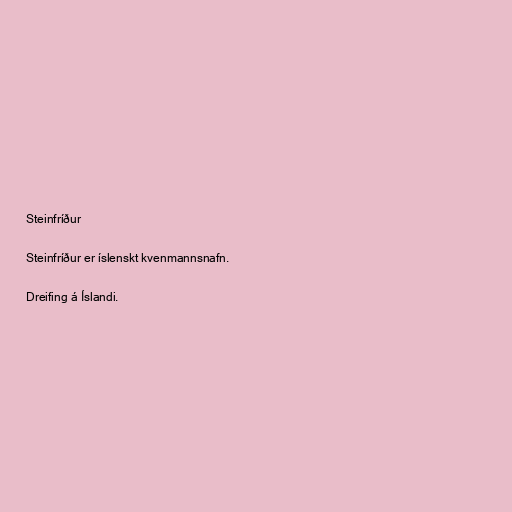
Steinfríður

Steinfríður er íslenskt kvenmannsnafn.

Dreifing á Íslandi.